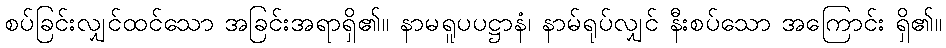
စပ်ခြင်းလျှင်ထင်သော အခြင်းအရာရှိ၏။ နာမရူပပဋ္ဌာနံ၊ နာမ်ရုပ်လျှင် နီးစပ်သော အကြောင်း ရှိ၏။